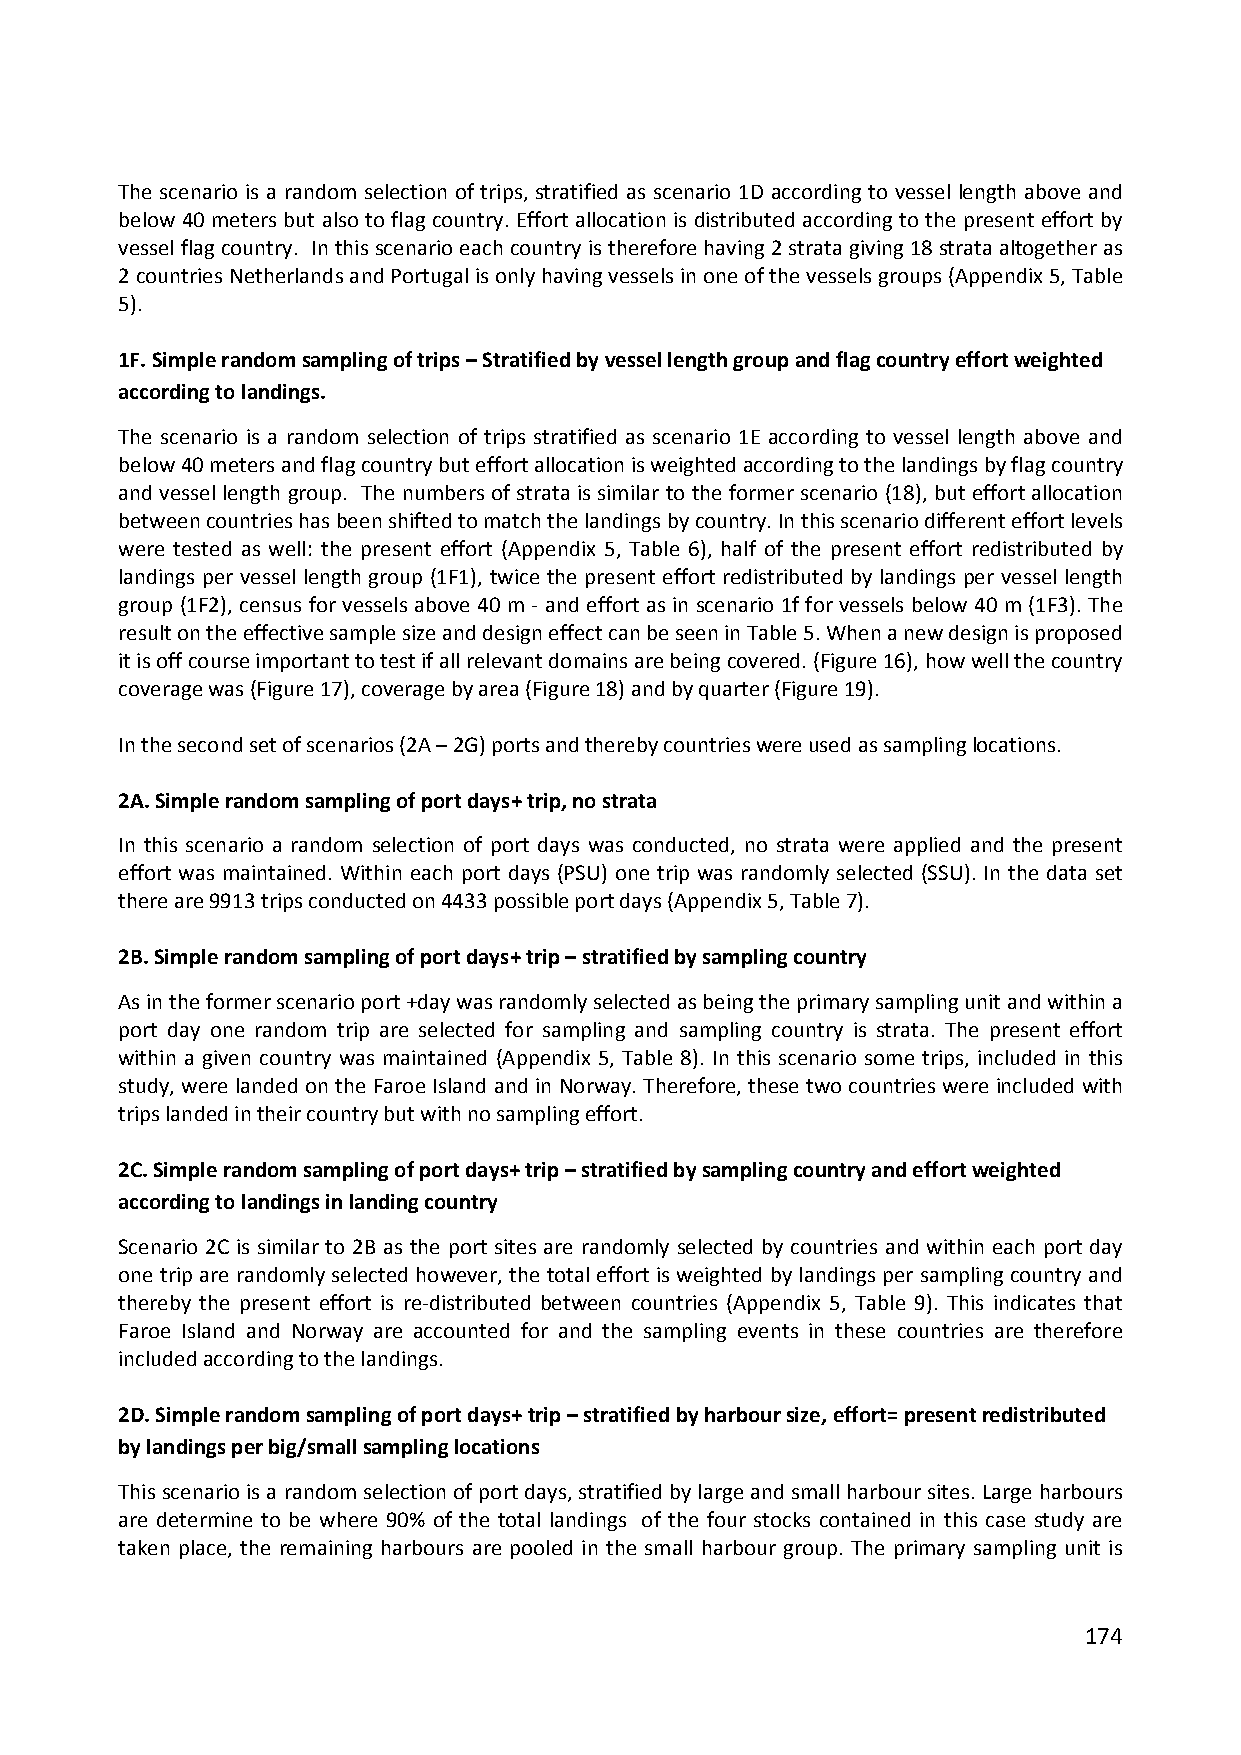
The scenario is a random selection of trips, stratified as scenario 1D according to vessel length above and
 below 40 meters but also to flag country. Effort allocation is distributed according to the present effort by
 vessel flag country. In this scenario each country is therefore having 2 strata giving 18 strata altogether as
 2 countries Netherlands and Portugal is only having vessels in one of the vessels groups (Appendix 5, Table
 5).
 1F. Simple random sampling of trips – Stratified by vessel length group and flag country effort weighted
 according to landings.
 The scenario is a random selection of trips stratified as scenario 1E according to vessel length above and
 below 40 meters and flag country but effort allocation is weighted according to the landings by flag country
 and vessel length group. The numbers of strata is similar to the former scenario (18), but effort allocation
 between countries has been shifted to match the landings by country. In this scenario different effort levels
 were tested as well: the present effort (Appendix 5, Table 6), half of the present effort redistributed by
 landings per vessel length group (1F1), twice the present effort redistributed by landings per vessel length
 group (1F2), census for vessels above 40 m ‐ and effort as in scenario 1f for vessels below 40 m (1F3). The
 result on the effective sample size and design effect can be seen in Table 5. When a new design is proposed
 it is off course important to test if all relevant domains are being covered. (Figure 16), how well the country
 coverage was (Figure 17), coverage by area (Figure 18) and by quarter (Figure 19).
 In the second set of scenarios (2A – 2G) ports and thereby countries were used as sampling locations.
 2A. Simple random sampling of port days+ trip, no strata
 In this scenario a random selection of port days was conducted, no strata were applied and the present
 effort was maintained. Within each port days (PSU) one trip was randomly selected (SSU). In the data set
 there are 9913 trips conducted on 4433 possible port days (Appendix 5, Table 7).
 2B. Simple random sampling of port days+ trip – stratified by sampling country
 As in the former scenario port +day was randomly selected as being the primary sampling unit and within a
 port day one random trip are selected for sampling and sampling country is strata. The present effort
 within a given country was maintained (Appendix 5, Table 8). In this scenario some trips, included in this
 study, were landed on the Faroe Island and in Norway. Therefore, these two countries were included with
 trips landed in their country but with no sampling effort.
 2C. Simple random sampling of port days+ trip – stratified by sampling country and effort weighted
 according to landings in landing country
 Scenario 2C is similar to 2B as the port sites are randomly selected by countries and within each port day
 one trip are randomly selected however, the total effort is weighted by landings per sampling country and
 thereby the present effort is re‐distributed between countries (Appendix 5, Table 9). This indicates that
 Faroe Island and Norway are accounted for and the sampling events in these countries are therefore
 included according to the landings.
 2D. Simple random sampling of port days+ trip – stratified by harbour size, effort= present redistributed
 by landings per big/small sampling locations
 This scenario is a random selection of port days, stratified by large and small harbour sites. Large harbours
 are determine to be where 90% of the total landings of the four stocks contained in this case study are
 taken place, the remaining harbours are pooled in the small harbour group. The primary sampling unit is
 174